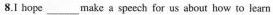
8.I hope ___ make a speech for us about how to learn